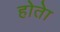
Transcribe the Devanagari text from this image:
होताे